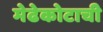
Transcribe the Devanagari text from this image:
मेढेकोटाची